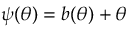
\psi ( \theta ) = b ( \theta ) + \theta